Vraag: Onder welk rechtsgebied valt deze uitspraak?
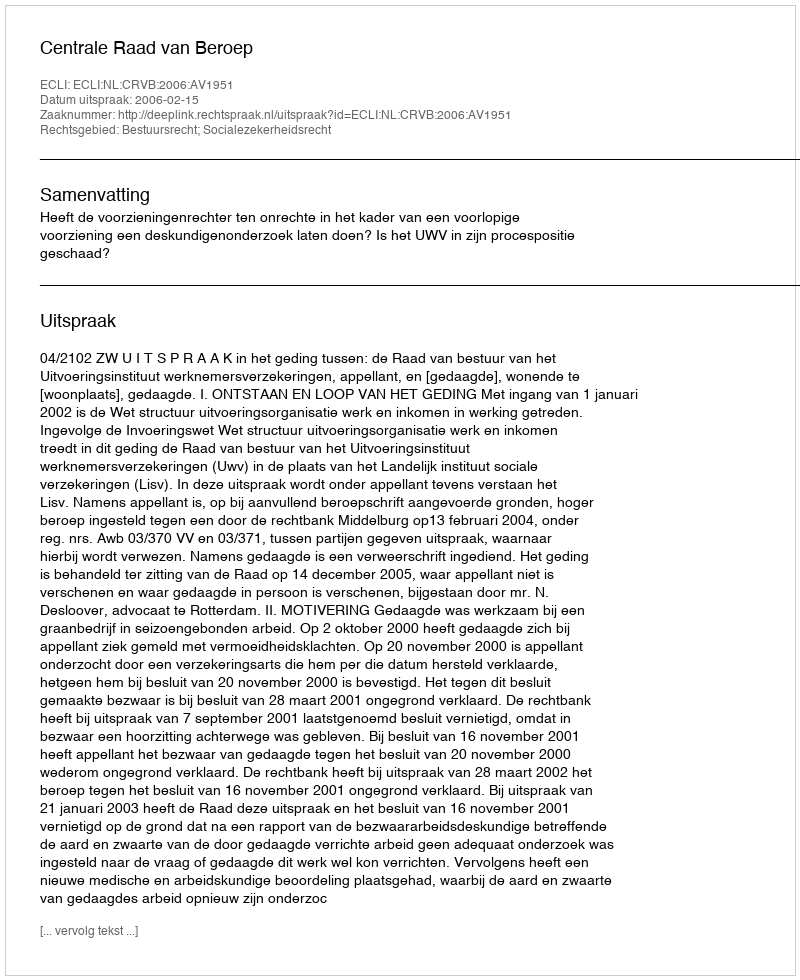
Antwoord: Bestuursrecht; Socialezekerheidsrecht